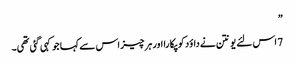
”
7 اس لئے یونتن نے داؤد کو پکا را اور ہر چیز اس سے کہا جو کہی گئی تھی۔